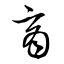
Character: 商